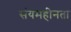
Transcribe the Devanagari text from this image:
संयमहीनता